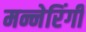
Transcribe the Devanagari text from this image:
मन्नेरिंगी